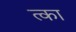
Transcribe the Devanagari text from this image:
त्का